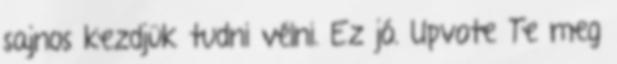
sajnos kezdjük tudni vélni. Ez jó. Upvote Te meg